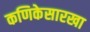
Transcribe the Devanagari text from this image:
कणिकेसारखा